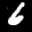
Label: 6